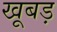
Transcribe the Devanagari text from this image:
खूबड़